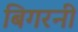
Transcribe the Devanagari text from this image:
बिगरनी